Vaccine operations Central Provinces & Berar 1912-1920 - 1912-1920
Year: 1912
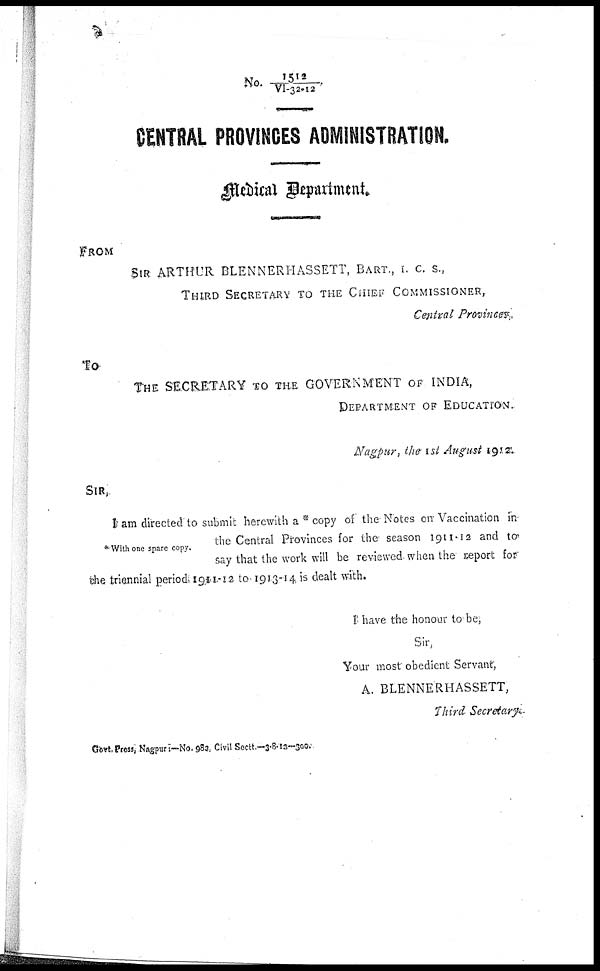
No.1512/VI-32-12
CENTRAL PROVINCES ADMINISTRATION.
Medical Department.
FROM
SIR ARTHUR BLENNERHASSETT, BART., I. C. S.,
THIRD SECRETARY TO THE CHIEF COMMISSIONER,
Central Provinces,
To
THE SECRETARY TO THE GOVERNMENT OF INDIA,
DEPARTMENT OF EDUCATION.
Nagpur, the 1st August 1912.
SIR,
*With one spare copy.
I am directed to submit herewith a * copy of the Notes on Vaccination in
the Central Provinces for the season 1911-12 and to
say that the work will be reviewed when the report for
the triennial period 1911-12 to 1913-14, is dealt with.
I have the honour to be,
Sir,
Your most obedient Servant,
A. BLENNERHASSETT,
Third Secretary
Govt, Press, Nagpur :—No. 982, Civil Sectt.—3-8-12—300.